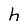
Character: h